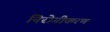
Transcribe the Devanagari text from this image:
निरोगीकरण